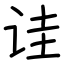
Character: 诖